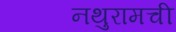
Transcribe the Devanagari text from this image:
नथुरामची